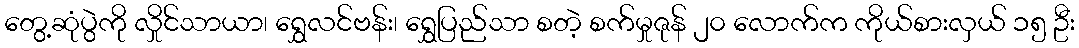
တွေ့ဆုံပွဲကို လှိုင်သာယာ၊ ရွှေလင်ဗန်း၊ ရွှေပြည်သာ စတဲ့ စက်မှုဇုန် ၂၀ လောက်က ကိုယ်စားလှယ် ၁၅ ဦး